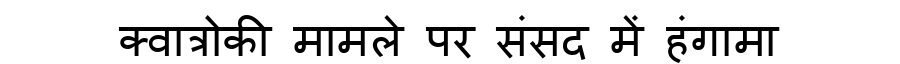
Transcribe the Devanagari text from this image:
क्वात्रोकी मामले पर संसद में हंगामा